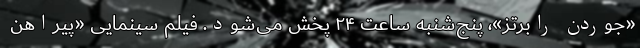
«جوردن رابرتز»، پنج‌شنبه ساعت ۲۴ پخش می‌شود. فیلم سینمایی «پیراهن